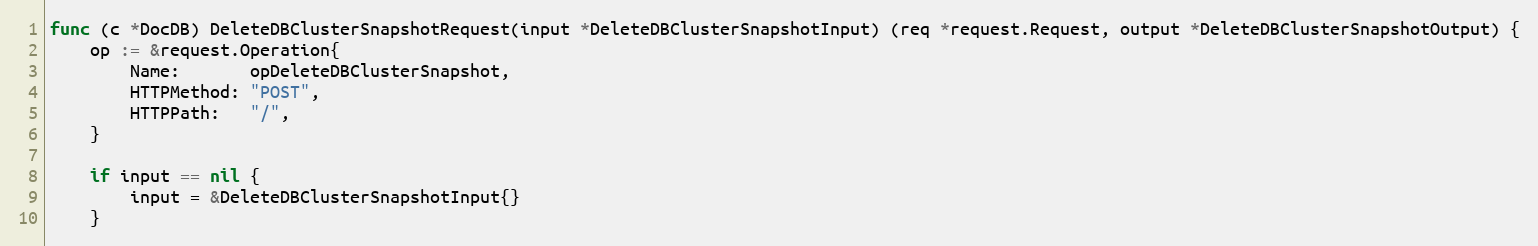
Language: Go
func (c *DocDB) DeleteDBClusterSnapshotRequest(input *DeleteDBClusterSnapshotInput) (req *request.Request, output *DeleteDBClusterSnapshotOutput) {
	op := &request.Operation{
		Name:       opDeleteDBClusterSnapshot,
		HTTPMethod: "POST",
		HTTPPath:   "/",
	}

	if input == nil {
		input = &DeleteDBClusterSnapshotInput{}
	}